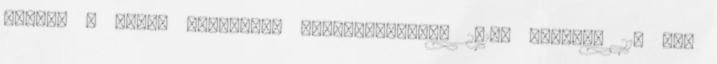
panasz — Maria Sharapova MariaSharapova 2018. április 21. Íme